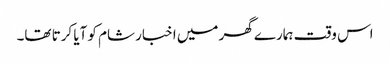
اس وقت ہمارے گھر میں اخبار شام کو آیا کرتا تھا۔